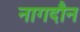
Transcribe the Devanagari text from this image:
नागदौन